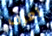
تعرف